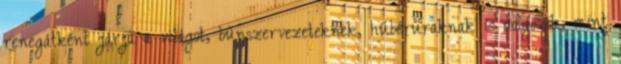
renegátként járja a világot, bűnszervezeteknek, hűbéruraknak is dolgozik, mint